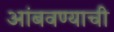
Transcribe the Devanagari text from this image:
आंबवण्याची